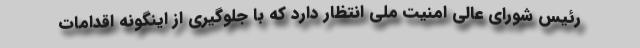
رئیس شورای عالی امنیت ملی انتظار دارد که با جلوگیری از اینگونه اقدامات